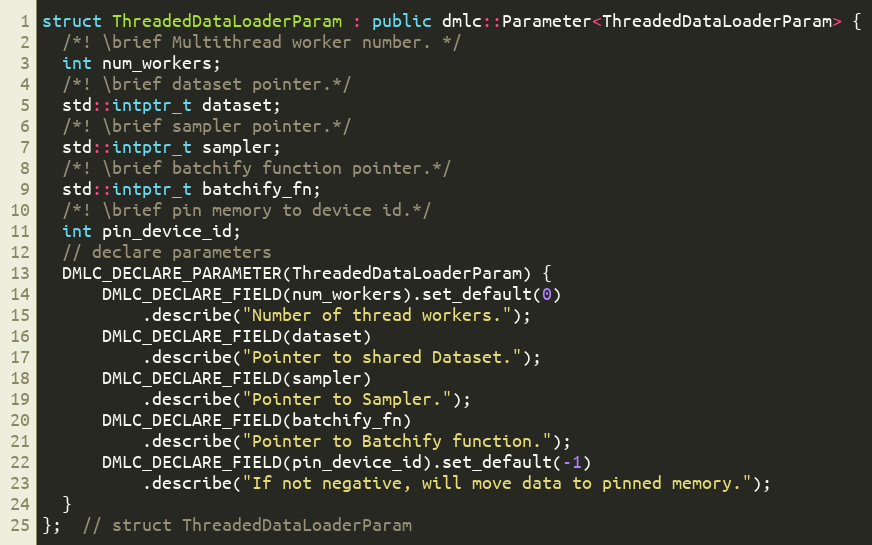
Language: C++
struct ThreadedDataLoaderParam : public dmlc::Parameter<ThreadedDataLoaderParam> {
  /*! \brief Multithread worker number. */
  int num_workers;
  /*! \brief dataset pointer.*/
  std::intptr_t dataset;
  /*! \brief sampler pointer.*/
  std::intptr_t sampler;
  /*! \brief batchify function pointer.*/
  std::intptr_t batchify_fn;
  /*! \brief pin memory to device id.*/
  int pin_device_id;
  // declare parameters
  DMLC_DECLARE_PARAMETER(ThreadedDataLoaderParam) {
      DMLC_DECLARE_FIELD(num_workers).set_default(0)
          .describe("Number of thread workers.");
      DMLC_DECLARE_FIELD(dataset)
          .describe("Pointer to shared Dataset.");
      DMLC_DECLARE_FIELD(sampler)
          .describe("Pointer to Sampler.");
      DMLC_DECLARE_FIELD(batchify_fn)
          .describe("Pointer to Batchify function.");
      DMLC_DECLARE_FIELD(pin_device_id).set_default(-1)
          .describe("If not negative, will move data to pinned memory.");
  }
};  // struct ThreadedDataLoaderParam